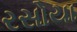
રસોયા